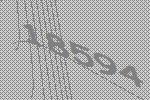
18594